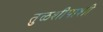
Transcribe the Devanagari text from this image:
तुळशीपाशी